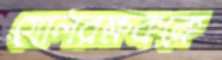
গোলরক্ষককে